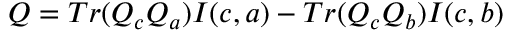
Q = T r ( Q _ { c } Q _ { a } ) I ( c , a ) - T r ( Q _ { c } Q _ { b } ) I ( c , b )